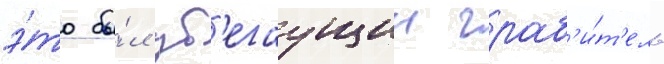
э́то бы́л уб'егаущии граб'и́т'ель